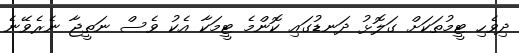
ދިވެހި ޓީމުތަކަށް ގަލޮޅު ދަނޑުގައި ކޮންމެ ޓީމަކާ އެކު ވެސް ނަތީޖާ ނެރެވޭނެ